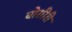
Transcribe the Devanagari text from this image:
बोसीरी